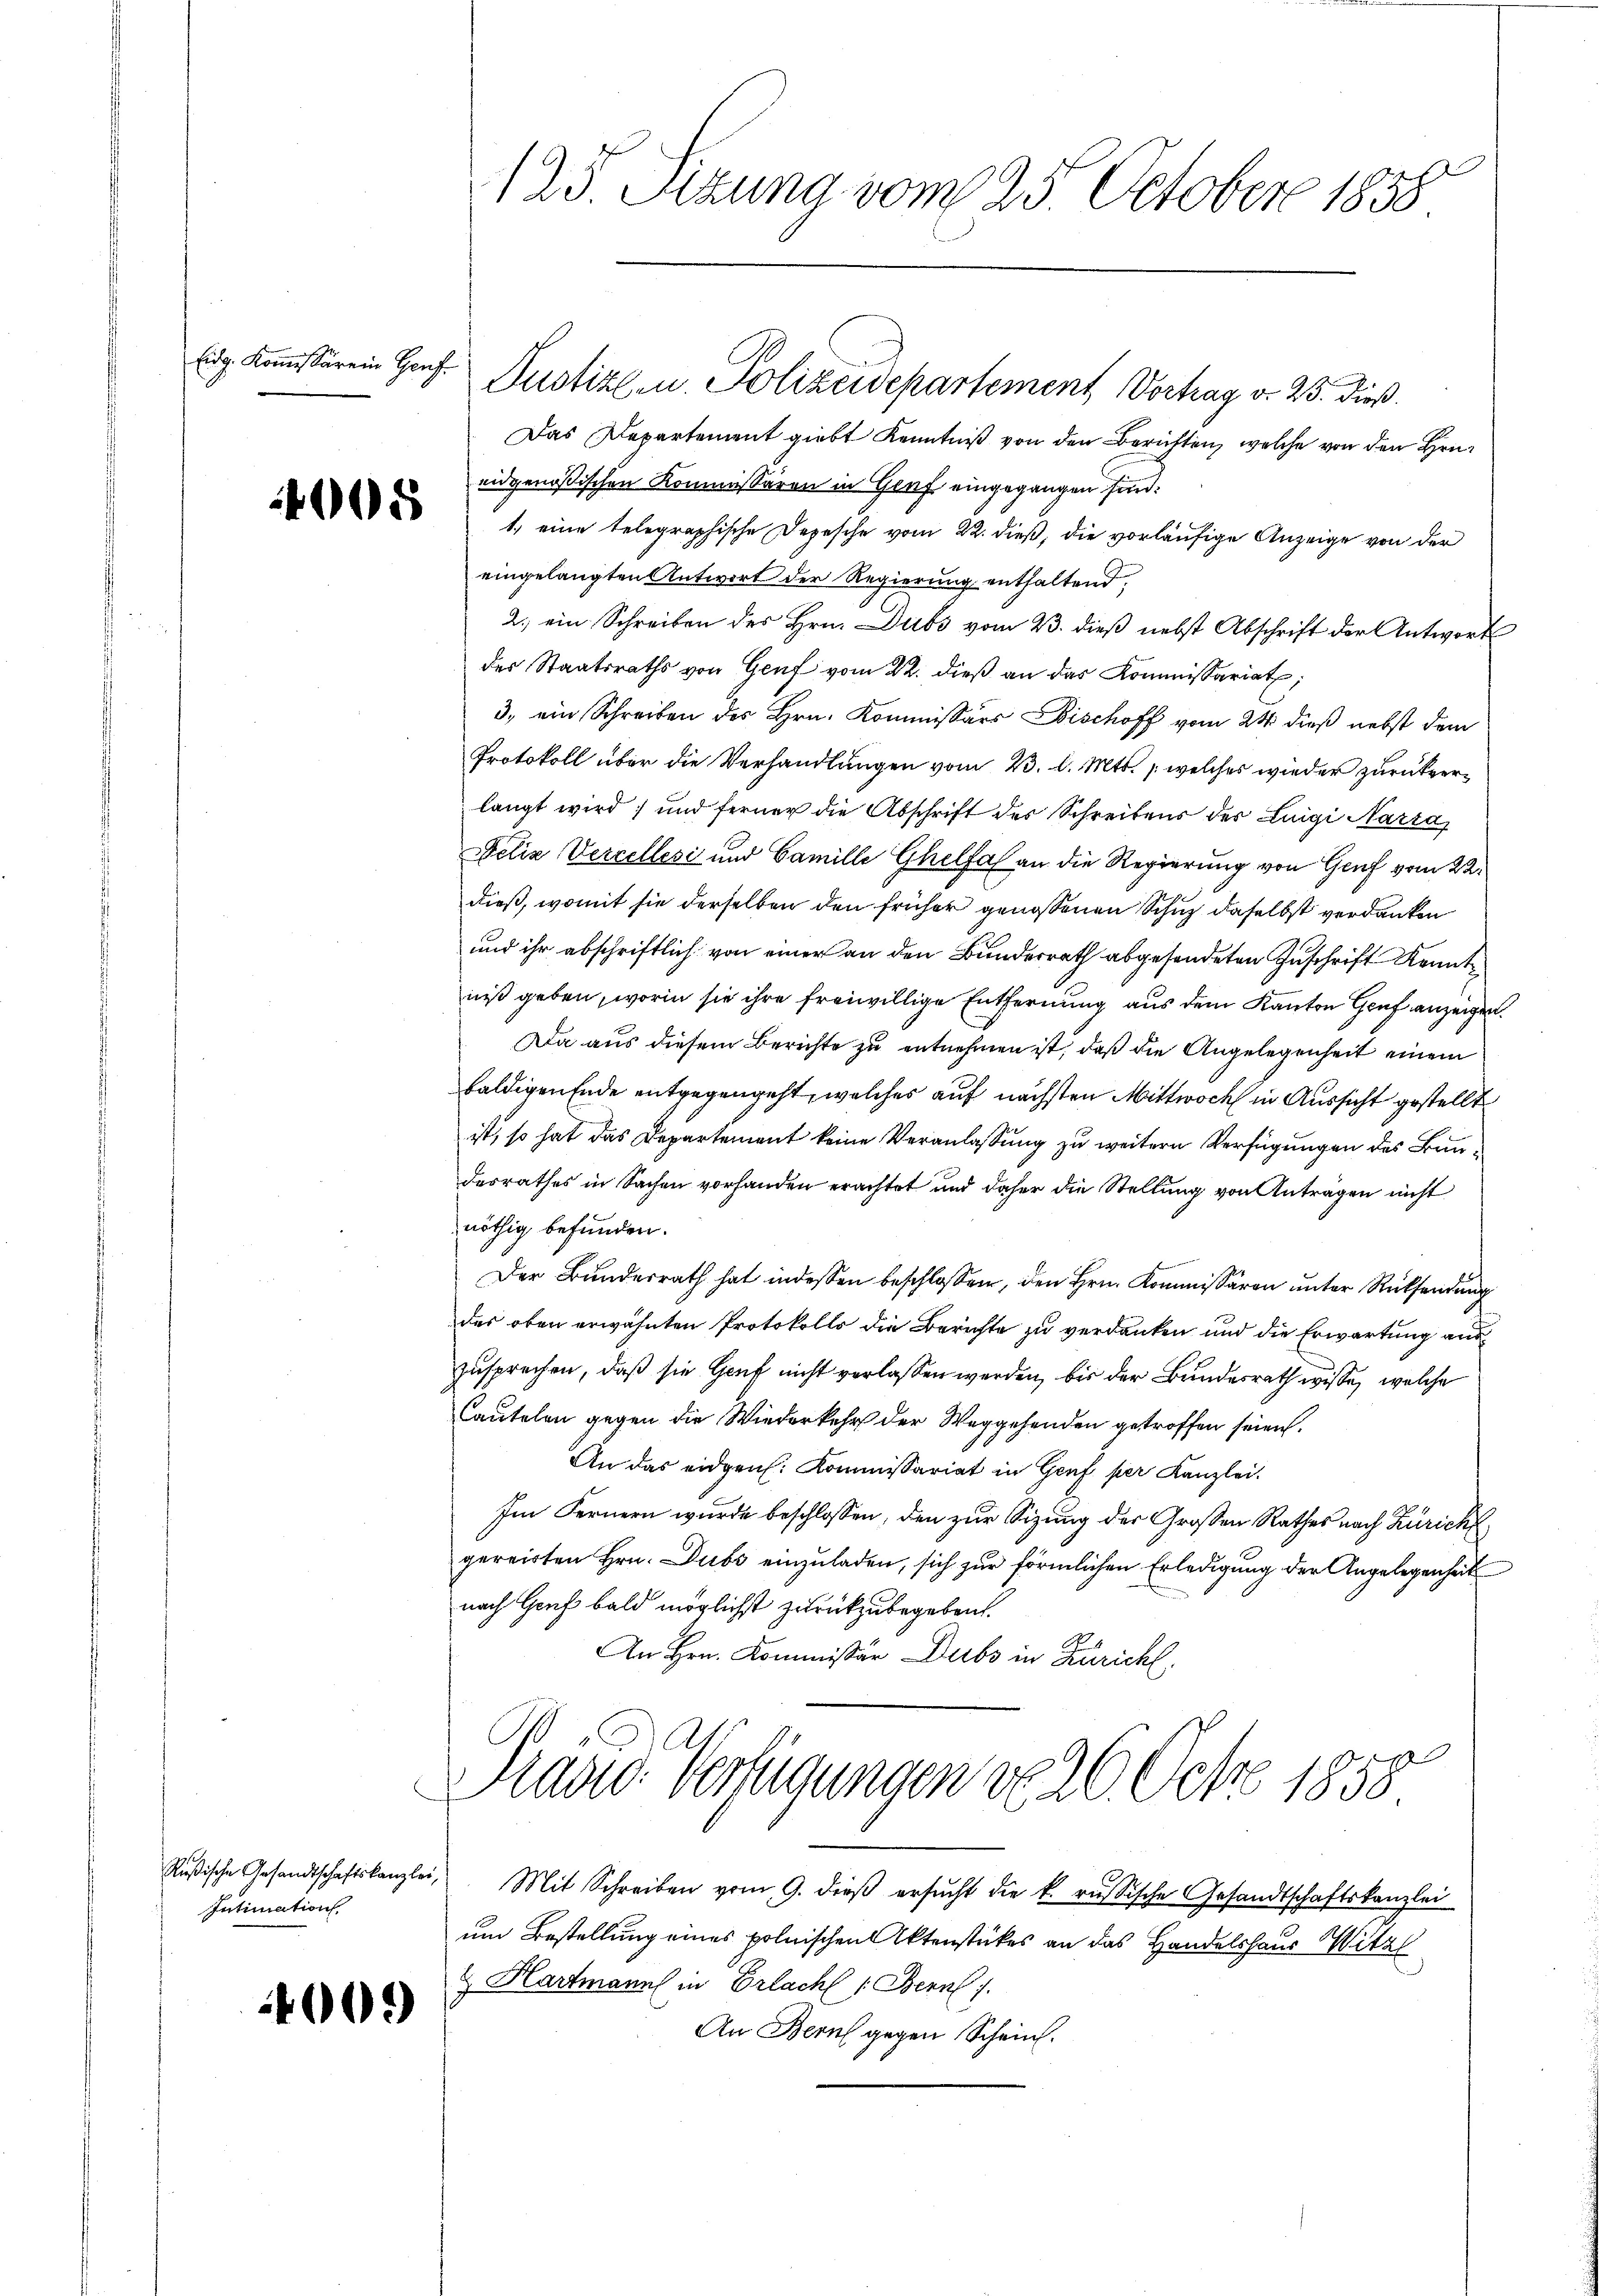
Eidg. Kommissärein Genf.

4005

Intimation

400.

Das Departement giebt Kenntniß von den Berichten, welche von den Hrn.
eidgenößischen Kommissären in Genf eingegangen sind.
1. eine telegraphische Depesche vom 22. dieß, die vorläufige Anzeige von der
eingelangten Antwort der Regierung enthaltend,
2. ein Schreiben des Hrn. Dubs vom 23. dieß nebst Abschrift der Antwort
des Staatsraths von Genf vom 22. dieβ an das Kommissariat,
3. ein Schreiben des Hrn. Kommissärs Bischoff vom 24. dieß nebst dem
Protokoll über die Verhandlungen vom 23. d. Mts. welches wieder zurückverlangt wird; und ferner die Abschrift des Schreibens der Luigi Narta
Felix Vercellesi und Camille Ghelfel an die Regierung von Genf vom 22.
dieß, womit sie derselben den früher genossenen Schuz daselbst verdanken
und ihr abschriftlich von einer an den Bunderrath abgesendeten Zuschrift Kennt
niß geben, worin sie ihre freiwillige Entfernung aus dem Kanton Genf anzeigen.
Da aus diesem Berichte zu entnehmen ist, daß die Angelegenheit einem
baldigen Ende entgegengeht, welches auf nächsten Mittwoch in Aussicht gestellt
ist, so hat das Departement keine Veranlassung zu weitern Verfügungen des Bundesrathes in Sachen vorhanden erachtet und daher die Stellung von Anträgen nicht
nöthig befunden.
Der Bŭndesrath hat indessen beschlossen, den Hrn. Kommissären unter Rücksendung
des oben erwähnten Protokolls die Berichte zu verdanken und die Erwartung aus
zusprechen, daß sie Genf nicht verlassen werden, bis der Bundesrath wisse, welche
Cautelen gegen die Wiederkehr der Weggehenden getroffen seien.
An das eidgen. Kommissariat in Genf per Kanzlei.
Im Fernern wurde beschlossen, den zur Sitzung der Großen Rathes nach Zürichgereisten Hrn. Dubs einzuladen, sich zur förmlichen Erledigung der Angelegenheit
nach Genf bald möglichst zurückzubegeben.
An Hrn. Kommissär Dubs in Züricht,
Prades Verfügungen d. 26. Octo 1858
Rŭsische Gesandtschaftskanzlei Mit Schreiben vom 9. dieβ ersŭcht die k. russische Gesandtschaftskanzlei
um Bestellung eines polnischen Aktenstückes an das Handelshaus Mitzl
& Hartmann in Erlacht /: Bern J.
An Bern gegen Schein.

125. Sizung vom 25. October 1858.

Justiz- u. Polizeidepartement Vortrag d. 23. dieß.